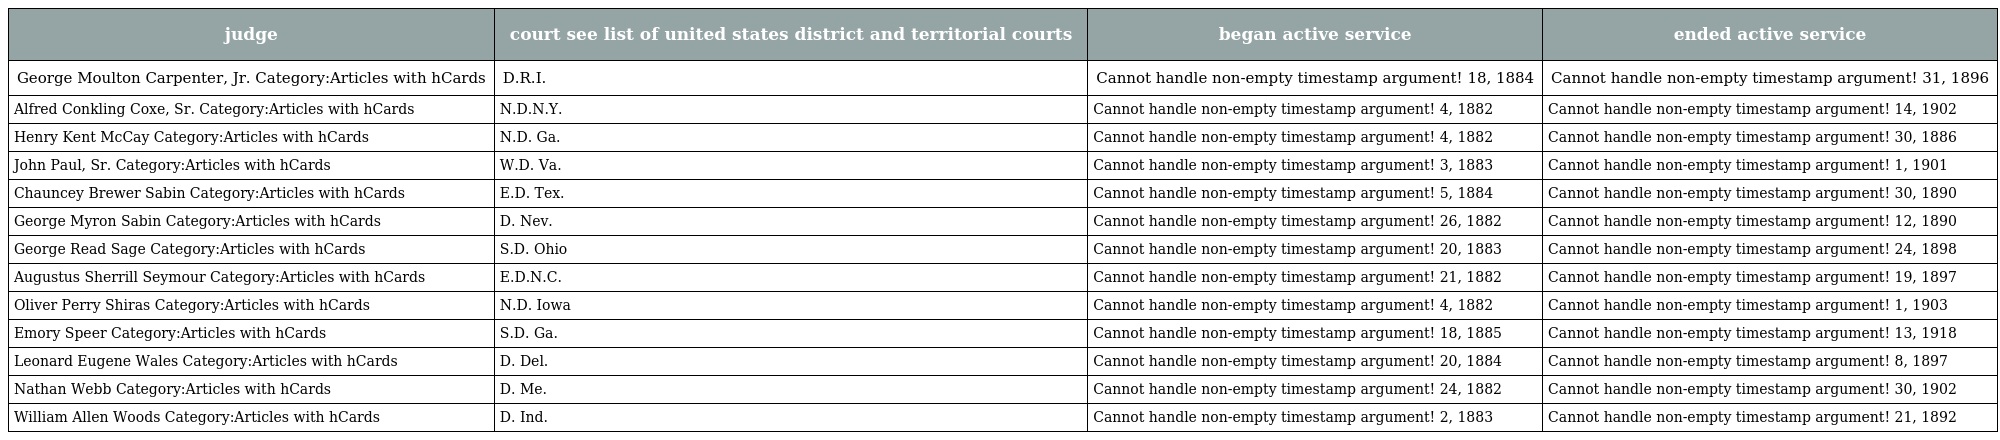
| judge | court see list of united states district and territorial courts | began active service | ended active service |
 | --- | --- | --- | --- |
 | George Moulton Carpenter, Jr. Category:Articles with hCards | D.R.I. | Cannot handle non-empty timestamp argument! 18, 1884 | Cannot handle non-empty timestamp argument! 31, 1896 |
 | Alfred Conkling Coxe, Sr. Category:Articles with hCards | N.D.N.Y. | Cannot handle non-empty timestamp argument! 4, 1882 | Cannot handle non-empty timestamp argument! 14, 1902 |
 | Henry Kent McCay Category:Articles with hCards | N.D. Ga. | Cannot handle non-empty timestamp argument! 4, 1882 | Cannot handle non-empty timestamp argument! 30, 1886 |
 | John Paul, Sr. Category:Articles with hCards | W.D. Va. | Cannot handle non-empty timestamp argument! 3, 1883 | Cannot handle non-empty timestamp argument! 1, 1901 |
 | Chauncey Brewer Sabin Category:Articles with hCards | E.D. Tex. | Cannot handle non-empty timestamp argument! 5, 1884 | Cannot handle non-empty timestamp argument! 30, 1890 |
 | George Myron Sabin Category:Articles with hCards | D. Nev. | Cannot handle non-empty timestamp argument! 26, 1882 | Cannot handle non-empty timestamp argument! 12, 1890 |
 | George Read Sage Category:Articles with hCards | S.D. Ohio | Cannot handle non-empty timestamp argument! 20, 1883 | Cannot handle non-empty timestamp argument! 24, 1898 |
 | Augustus Sherrill Seymour Category:Articles with hCards | E.D.N.C. | Cannot handle non-empty timestamp argument! 21, 1882 | Cannot handle non-empty timestamp argument! 19, 1897 |
 | Oliver Perry Shiras Category:Articles with hCards | N.D. Iowa | Cannot handle non-empty timestamp argument! 4, 1882 | Cannot handle non-empty timestamp argument! 1, 1903 |
 | Emory Speer Category:Articles with hCards | S.D. Ga. | Cannot handle non-empty timestamp argument! 18, 1885 | Cannot handle non-empty timestamp argument! 13, 1918 |
 | Leonard Eugene Wales Category:Articles with hCards | D. Del. | Cannot handle non-empty timestamp argument! 20, 1884 | Cannot handle non-empty timestamp argument! 8, 1897 |
 | Nathan Webb Category:Articles with hCards | D. Me. | Cannot handle non-empty timestamp argument! 24, 1882 | Cannot handle non-empty timestamp argument! 30, 1902 |
 | William Allen Woods Category:Articles with hCards | D. Ind. | Cannot handle non-empty timestamp argument! 2, 1883 | Cannot handle non-empty timestamp argument! 21, 1892 |